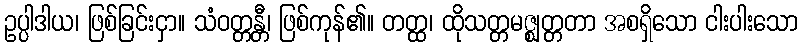
ဥပ္ပါဒါယ၊ ဖြစ်ခြင်းငှာ။ သံဝတ္တန္တီ၊ ဖြစ်ကုန်၏။ တတ္ထ၊ ထိုသတ္တမဇ္ဈတ္တတာ အစရှိသော ငါးပါးသော